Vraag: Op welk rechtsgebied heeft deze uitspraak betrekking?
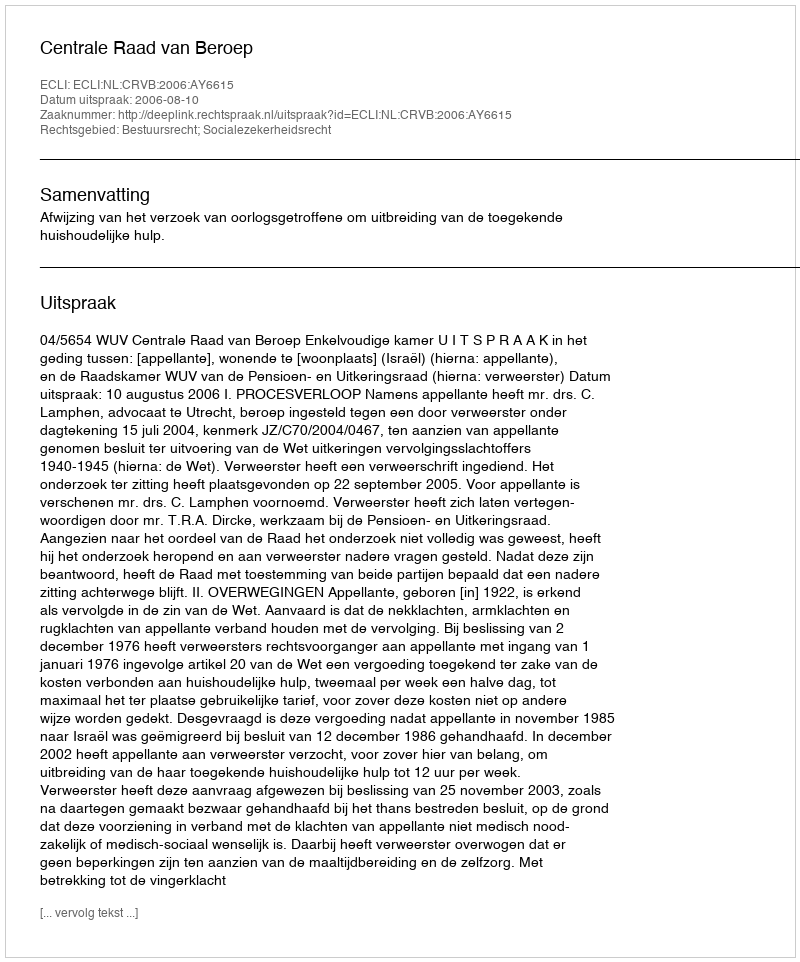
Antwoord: Bestuursrecht; Socialezekerheidsrecht